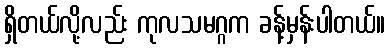
ရှိတယ်လို့လည်း ကုလသမဂ္ဂက ခန့်မှန်းပါတယ်။